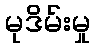
မုဒိမ်းမှု